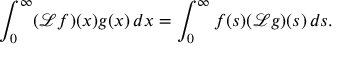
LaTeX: \int _ { 0 } ^ { \infty } ( { \mathcal { L } } f ) ( x ) g ( x ) \, d x = \int _ { 0 } ^ { \infty } f ( s ) ( { \mathcal { L } } g ) ( s ) \, d s .